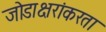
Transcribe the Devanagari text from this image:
जोडाक्षरांकरता